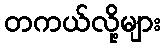
တကယ်လို့များ